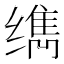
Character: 𰬹